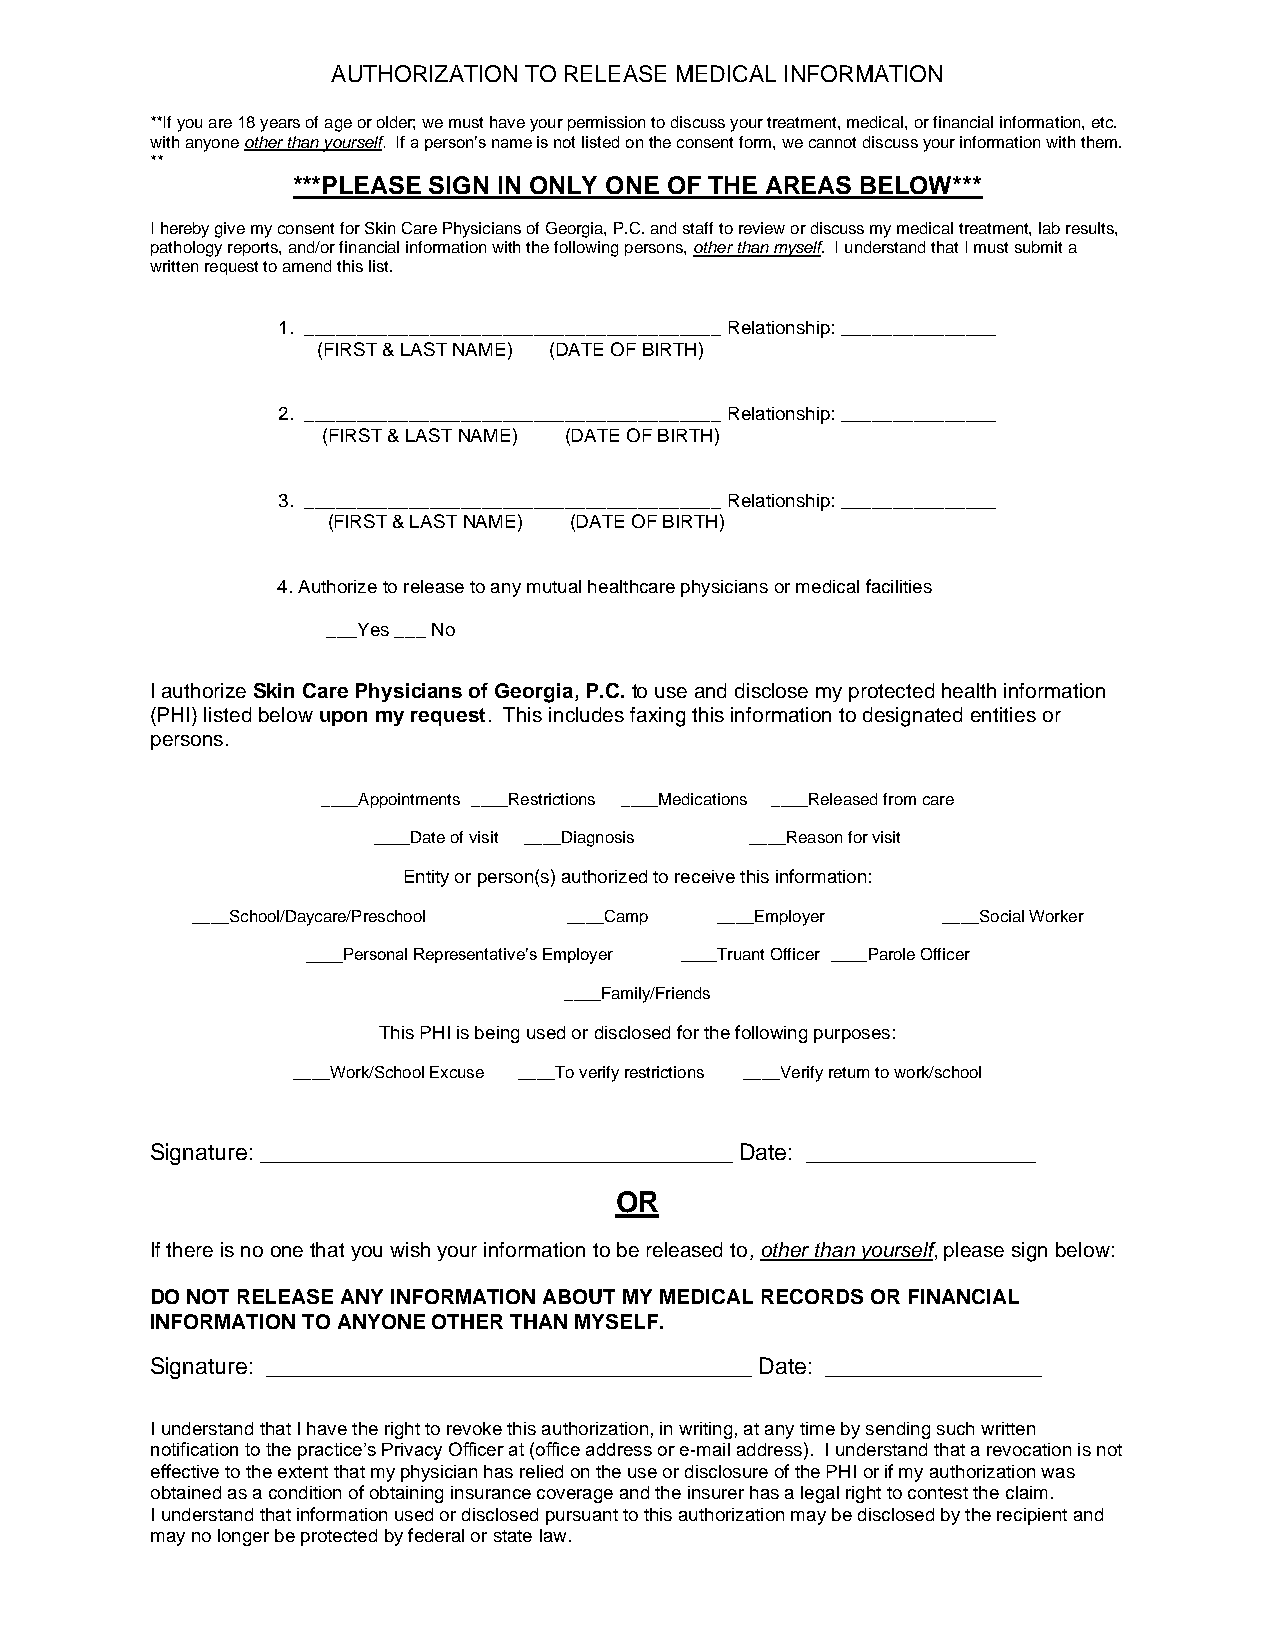
AUTHORIZATION TO RELEASE MEDICAL INFORMATION
 **If you are 18 years of age or older; we must have your permission to discuss your treatment, medical, or financial information, etc.
 with anyone other than yourself. If a person’s name is not listed on the consent form, we cannot discuss your information with them.
 **
 ***PLEASE SIGN IN ONLY ONE OF THE AREAS BELOW***
 I hereby give my consent for Skin Care Physicians of Georgia, P.C. and staff to review or discuss my medical treatment, lab results,
 pathology reports, and/or financial information with the following persons, other than myself. I understand that I must submit a
 written request to amend this list.
 1. ________________________________________ Relationship: _______________
 (FIRST & LAST NAME) (DATE OF BIRTH)
 2. ________________________________________ Relationship: _______________
 (FIRST & LAST NAME) (DATE OF BIRTH)
 3. ________________________________________ Relationship: _______________
 (FIRST & LAST NAME) (DATE OF BIRTH)
 4. Authorize to release to any mutual healthcare physicians or medical facilities
 ___Yes ___ No
 I authorize Skin Care Physicians of Georgia, P.C. to use and disclose my protected health information
 (PHI) listed below upon my request. This includes faxing this information to designated entities or
 persons.
 ____Appointments ____Restrictions ____Medications ____Released from care
 ____Date of visit ____Diagnosis ____Reason for visit
 Entity or person(s) authorized to receive this information:
 ____School/Daycare/Preschool ____Camp ____Employer ____Social Worker
 ____Personal Representative’s Employer ____Truant Officer ____Parole Officer
 ____Family/Friends
 This PHI is being used or disclosed for the following purposes:
 ____Work/School Excuse ____To verify restrictions ____Verify return to work/school
 Signature: _____________________________________ Date: __________________
 OR
 If there is no one that you wish your information to be released to, other than yourself, please sign below:
 DO NOT RELEASE ANY INFORMATION ABOUT MY MEDICAL RECORDS OR FINANCIAL
 INFORMATION TO ANYONE OTHER THAN MYSELF.
 Signature: ______________________________________ Date: _________________
 I understand that I have the right to revoke this authorization, in writing, at any time by sending such written
 notification to the practice’s Privacy Officer at (office address or e-mail address). I understand that a revocation is not
 effective to the extent that my physician has relied on the use or disclosure of the PHI or if my authorization was
 obtained as a condition of obtaining insurance coverage and the insurer has a legal right to contest the claim.
 I understand that information used or disclosed pursuant to this authorization may be disclosed by the recipient and
 may no longer be protected by federal or state law.